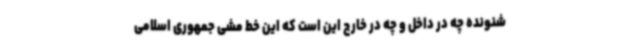
شنونده چه در داخل و چه در خارج این است که این خط مشی جمهوری اسلامی